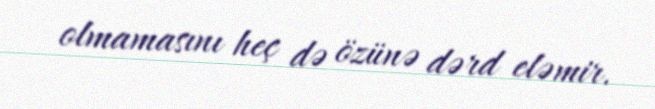
olmamasını heç də özünə dərd eləmir.